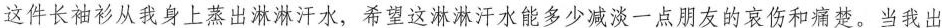
这件长袖衫从我身上蒸出淋淋汗水，希望这淋淋汗水能多少减淡一点朋友的哀伤和痛楚。当我出